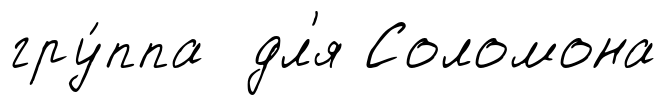
гру́ппа дл'я Соломона